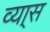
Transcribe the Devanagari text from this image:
व्या्स